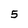
Character: 5